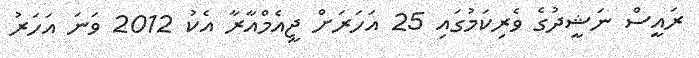
ރައީސް ނަޝީދުގެ ވެރިކަމުގައި 25 އަހަރަށް ޖީއެމްއާރާ އެކު 2012 ވަނަ އަހަރު